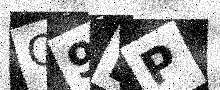
Text: O9BP